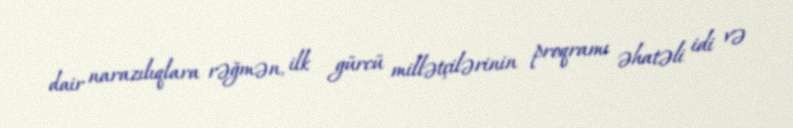
dair narazılıqlara rəğmən, ilk gürcü millətçilərinin proqramı əhatəli idi və